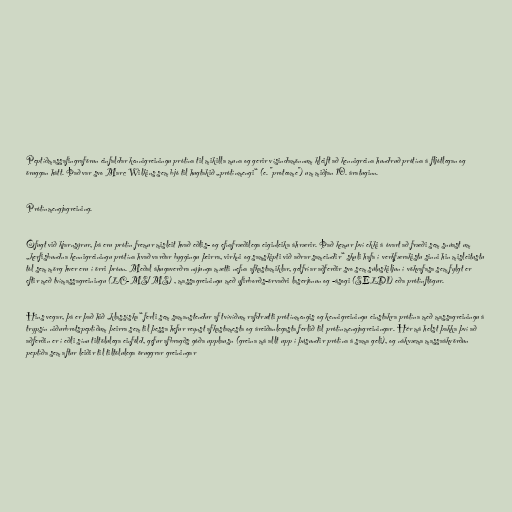
Peptíðmassafingraförun einfaldar kennigreiningu prótína til mikilla muna og gerir vísindamönnum kleift að kennigreina hundruð prótína á fljótlegan og
öruggan hátt. Það var svo Marc Wilkins sem bjó til hugtakið „prótínmengi“ (e. "proteome") um miðjan 10. áratuginn.

Prótínmengjagreining.

Öfugt við kjarnsýrur, þá eru prótín fremur misleit hvað eðlis- og efnafræðilega eiginleika áhrærir. Það kemur því ekki á óvart að fræði sem snúast um
„kerfisbundna kennigreiningu prótína hvað varðar byggingu þeirra, virkni og samskipti við aðrar sameindir“ skuli hafa í verkfærakistu sinni hin misleitustu
tól sem mörg hver eru í örri þróun. Meðal áhugaverðra nýjunga mætti nefna afkastamiklar, gelfríar aðferðir svo sem súluskiljun í vökvafasa sem fylgt er
eftir með tvímassagreiningu (LC-MS/MS) , massagreiningu með yfirborðs-örvaðri laserjónun og -ásogi (SELDI) eða prótínflögur.

Hins vegar, þá er það hið „klassíska“ ferli sem samanstendur af tvívíðum rafdrætti prótínmengis og kennigreiningu einstakra prótína með massagreiningu á
trypsín niðurbrotspeptíðum þeirra sem til þessa hefur reynst afkastamesta og áreiðanlegasta ferlið til prótínmengjagreiningar. Hér má helst þakka því að
aðferðin er í eðli sínu tiltölulega einföld, gefur afbragðs góða upplausn (greina má allt upp í þúsundir prótína á sama geli), og nákvæma massaákvörðun
peptíða sem aftur leiðir til tiltölulega öruggrar greiningar